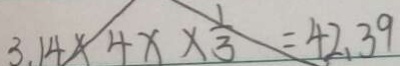
3 . 1 4 \times 4 x \times \frac { 1 } { 3 } = 4 2 . 3 9